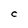
Character: C